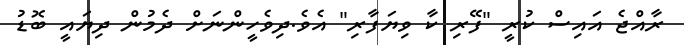
ރާއްޖެ އައިސް ކުރީ "ފޭރި ކާ ވިޔަފާރި" އެވެ.ދިވެހީންނަށް ދެމުން ދިޔައީ ބޮޑު